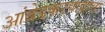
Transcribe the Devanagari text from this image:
आंबेडकरवादाचा